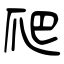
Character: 爬